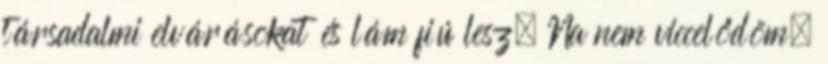
társadalmi elvárásokat és lám fiú lesz. Na nem viccelődöm,